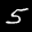
Label: 5